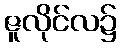
ဇူလိုင်လ၌